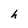
Character: h